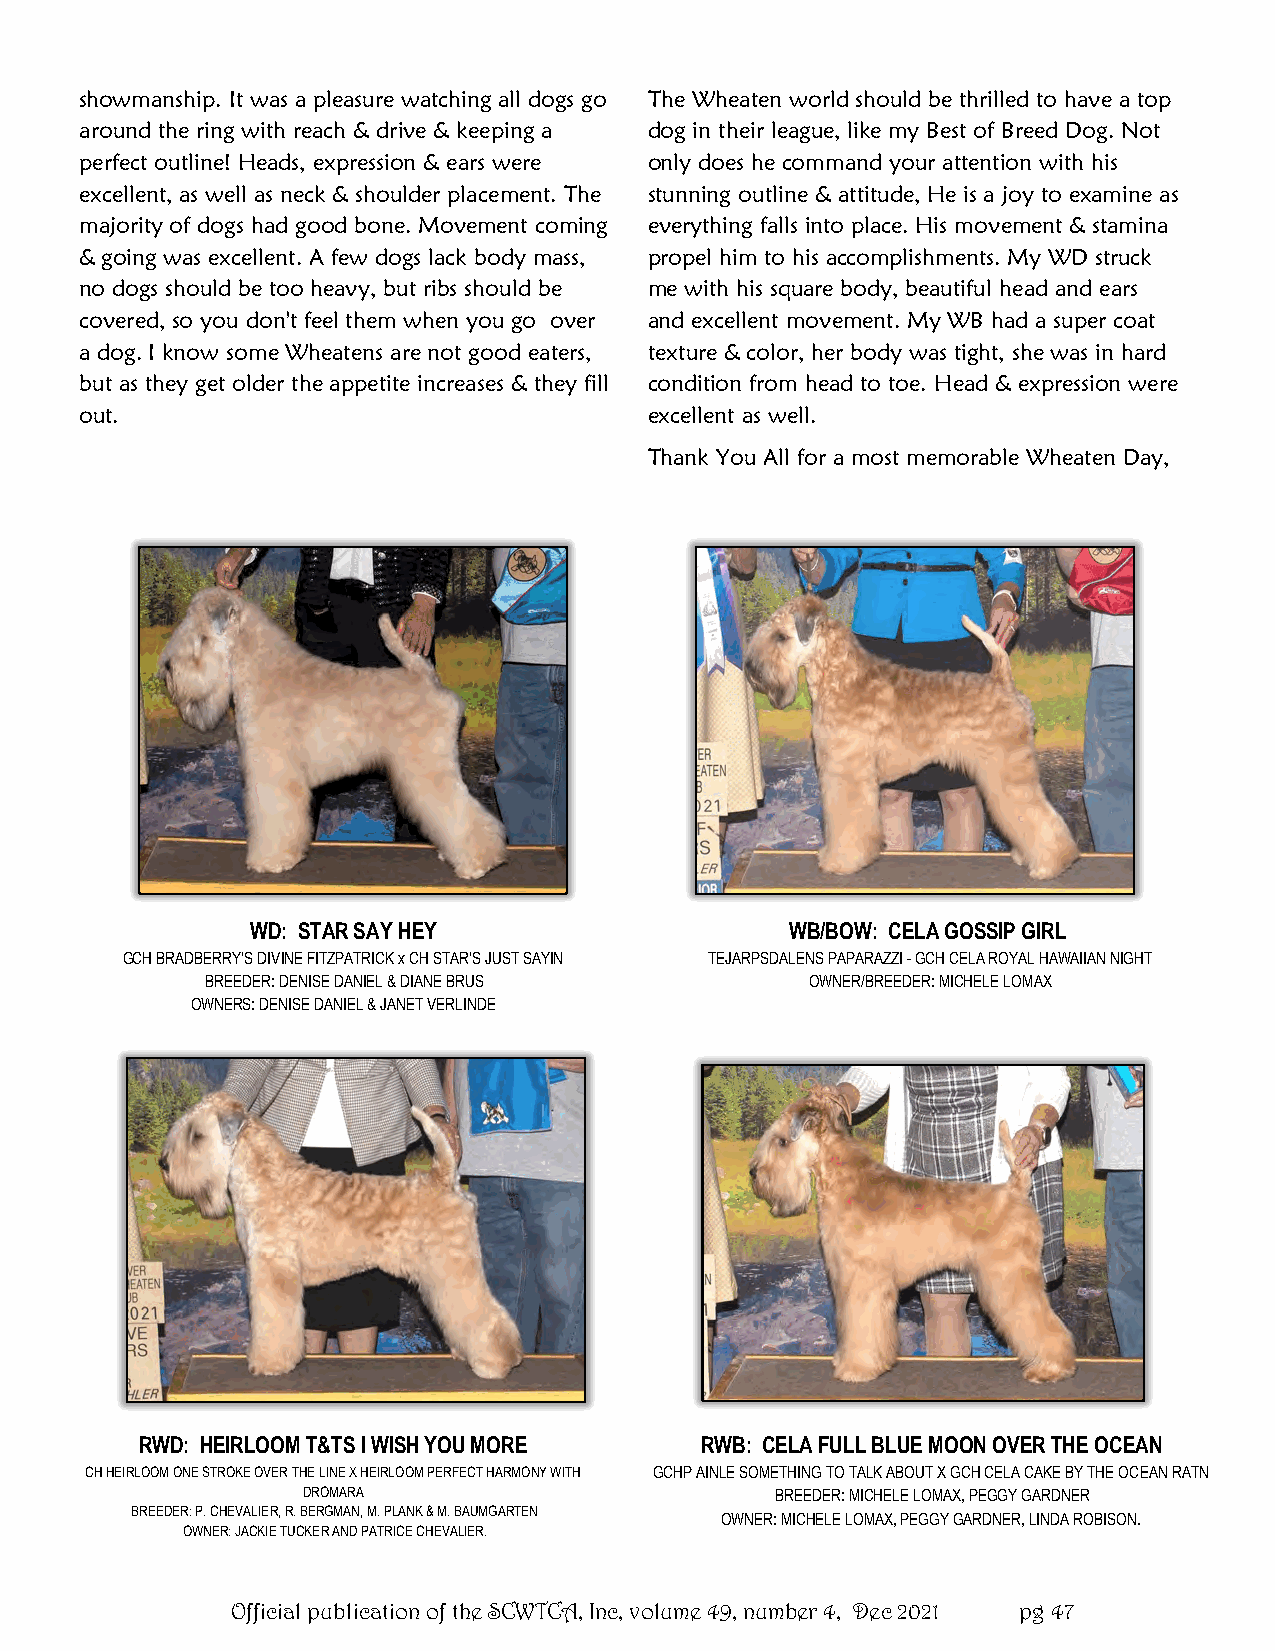
showmanship. It was a pleasure watching all dogs go The Wheaten world should be thrilled to have a top
 around the ring with reach & drive & keeping a dog in their league, like my Best of Breed Dog. Not
 perfect outline! Heads, expression & ears were only does he command your attention with his
 excellent, as well as neck & shoulder placement. The stunning outline & attitude, He is a joy to examine as
 majority of dogs had good bone. Movement coming everything falls into place. His movement & stamina
 & going was excellent. A few dogs lack body mass, propel him to his accomplishments. My WD struck
 no dogs should be too heavy, but ribs should be me with his square body, beautiful head and ears
 covered, so you don't feel them when you go over and excellent movement. My WB had a super coat
 a dog. I know some Wheatens are not good eaters, texture & color, her body was tight, she was in hard
 but as they get older the appetite increases & they fill condition from head to toe. Head & expression were
 out.                                  excellent as well.
 Thank You All for a most memorable Wheaten Day,
 WD: STAR SAY HEY                   W B / B O W: CELA GOSSIP GIRL
 GCH BRADBERRY'S DIVINE FITZPATRICK x CH STAR'S JUST SAYIN TEJARPSDALENS PAPARAZZI - GCH CELA ROYAL HAWAIIAN NIGHT
 BREEDER: DENISE DANIEL & DIANE BRUS     OWNER/BREEDER: MICHELE LOMAX
 OWNERS: DENISE DANIEL & JANET VERLINDE
 RWD: HEIRLOOM T&TS I WISH YOU MORE   RWB: CELA FULL BLUE MOON OVER THE OCEAN
 CH HEIRLOOM ONE STROKE OVER THE LINE X HEIRLOOM PERFECT HARMONY WITH GCHP AINLE SOMETHING TO TALK ABOUT X GCH CELA CAKE BY THE OCEAN RATN
 DROMARA                        BREEDER: MICHELE LOMAX, PEGGY GARDNER
 BREEDER: P. CHEVALIER, R. BERGMAN, M. PLANK & M. BAUMGARTEN
 OWNER: MICHELE LOMAX, PEGGY GARDNER, LINDA ROBISON.
 OWNER: JACKIE TUCKER AND PATRICE CHEVALIER.
 Official publication of the SCWTCA, Inc, volume 49, number 4, Dec 2021 pg 47